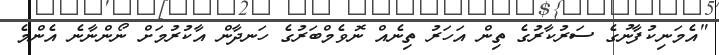
"އެމަނިކުފާނުގެ ސަރުކާރުގެ ތިން އަހަރު ތިނެއް ނޮވެމްބަރުގެ ހަނދާން އާކުރުމަށް ނޯންނާނެ އެންމެ